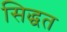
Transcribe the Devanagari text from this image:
सिद्धत